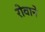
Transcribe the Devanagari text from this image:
रोवाने